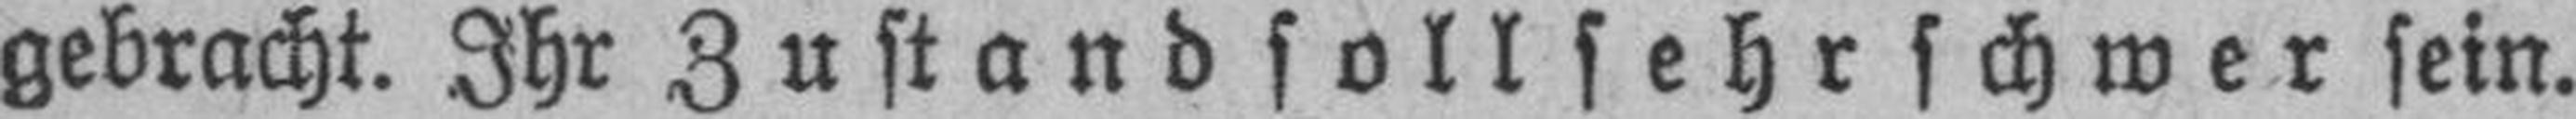
gebracht. Ihr Zustand soll sehr schwer sein.